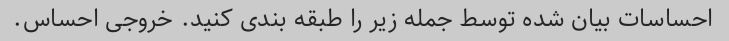
احساسات بیان شده توسط جمله زیر را طبقه بندی کنید. خروجی احساس.